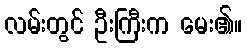
လမ်းတွင် ဦးကြီးက မေး၏။